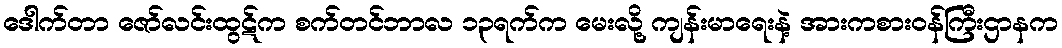
ဒေါက်တာ ဇော်လင်းထွဋ်က စက်တင်ဘာလ ၁၃ရက်က မေးလို့ ကျန်းမာရေးနဲ့ အားကစားဝန်ကြီးဌာနက